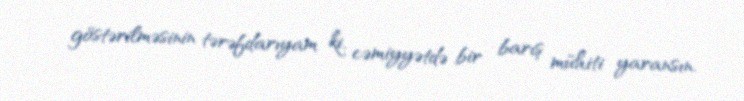
göstərilməsinin tərəfdarıyam ki, cəmiyyətdə bir barış mühiti yaransın.